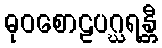
ဓုဝစောဠပဂ္ဃရန္တီ